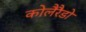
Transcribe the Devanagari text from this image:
कोलैरैडो